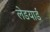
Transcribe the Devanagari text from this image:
लेडयार्ड